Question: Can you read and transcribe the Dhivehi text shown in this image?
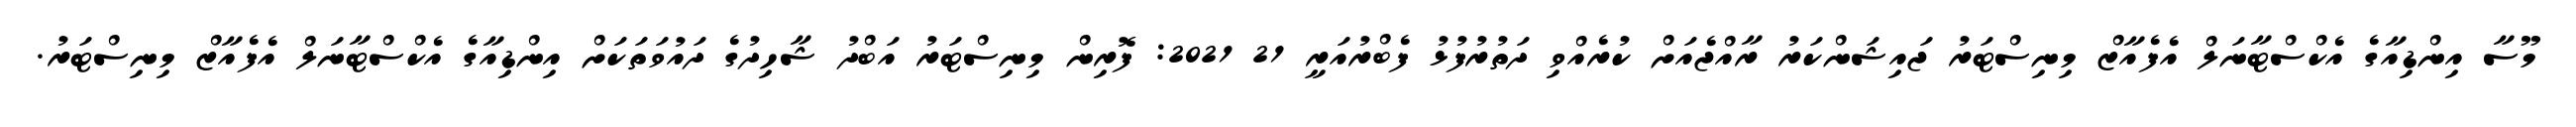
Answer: މޫސާ އިންޑިއާގެ އެކްސްޓާނަލް އެފެއާޒް މިނިސްޓަރު ޖައިޝަންކަރު ރާއްޖެއަށް ކުރެއްވި ދަތުރުފުޅު ފެބްރުއަރީ 21 2021: ފޮރިން މިނިސްޓަރު އަބްދު ޝާހިދުގެ ދައުވަތަކަށް އިންޑިއާގެ އެކްސްޓާނަލް އެފެއާޒް މިނިސްޓަރު.